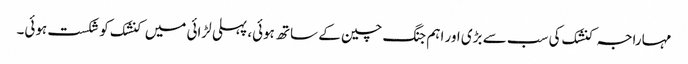
مہاراجہ کنشک کی سب سے بڑی اور اہم جنگ چین کے ساتھ ہوئی، پہلی لڑائی میں کنشک کو شکست ہوئی۔